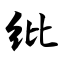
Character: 纰